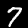
Digit: 7